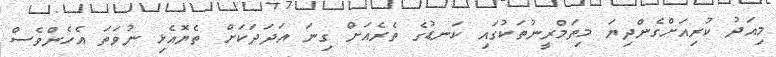
މިއަދު ކުރިއަށްގެންދިޔަ މިތަމްރީނުތަކުގައި ކަނޑުގެ ތެރެއަށް ގިނަ އަދަދަކަށް ތެޔޮއެޅި ނުވަތަ އެހެންވެސް